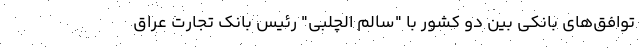
توافق‌های بانکی بین دو کشور با "سالم الچلبی" رئیس بانک تجارت عراق